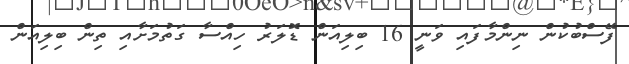
ފޭސްބުކުން ނިންމާފައި ވަނީ 16 ބިލިއަން ޑޮލަރު ހިއްސާ ގަތުމަށާއި ތިން ބިލިއަން